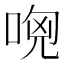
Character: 𠴶